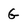
Character: G